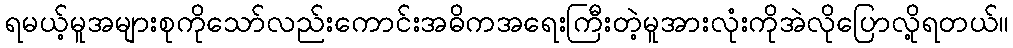
ရမယ့်မူအများစုကိုသော်လည်းကောင်းအဓိကအရေးကြီးတဲ့မူအားလုံးကိုအဲလိုပြောလို့ရတယ်။